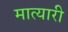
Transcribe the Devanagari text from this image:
मात्यारी